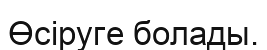
Өсіруге болады.